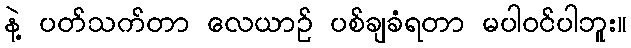
နဲ့ ပတ်သက်တာ လေယာဉ် ပစ်ချခံရတာ မပါဝင်ပါဘူး။